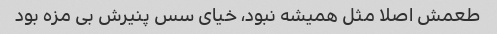
طعمش اصلا مثل همیشه نبود، خیای سس پنیرش بی مزه بود